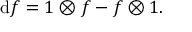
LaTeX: \mathrm { d } f = 1 \otimes f - f \otimes 1 .